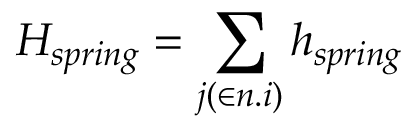
H _ { s p r i n g } = \sum _ { j ( \in n . i ) } h _ { s p r i n g }